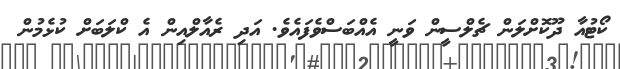
ކޯޓުއާ ދޫކޮށްލަން ޗެލްސީން ވަނީ އެއްބަސްވެފައެވެ. އަދި ރެއާލްއިން އެ ކްލަބަށް ކުޅެމުން